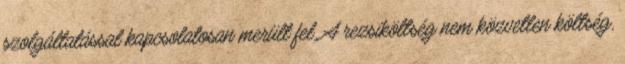
szolgáltatással kapcsolatosan merült fel. A rezsiköltség nem közvetlen költség,